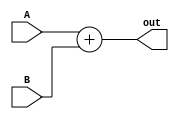
module Adder(A, B, out);

	input [7:0] A, B;
	output [7:0] out;
	
	assign out = A + B;
	
endmodule

module Adder32(A, B, out);

	input [31:0] A, B;
	output [31:0] out;
	
	assign out = A + B;
	
endmodule